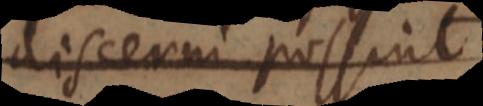
discerni possint